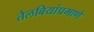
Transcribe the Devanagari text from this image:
तेलबियांप्रमाणे